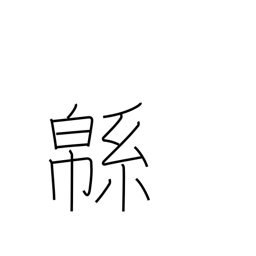
Meaning: cotton